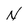
Character: N